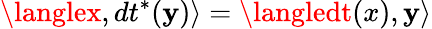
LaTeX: \langlex,dt^{*}(\mathbf{y})\rangle=\langledt(x),\mathbf{y}\rangle